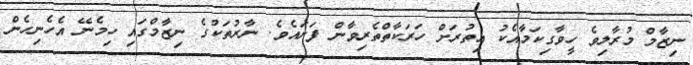
ނިޒާމް މުރާލިވެ ހީވާގިކަމާއެކު އިތުރަށް ހަރަކާތްތެރިވާން ފަށައެވެ. ނާރުތަކުގެ ނިޒާމްގައި ހިމެނޭ އެހެނިހެން